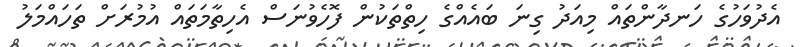
އެދުވަހުގެ ހަނދާންތައް މިއަދު ގިނަ ބައެއްގެ ހިތްތަކުން ފޮހެވުނަސް އެހިތާމަތައް އުމުރަށް ތަހައްމަލު